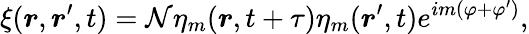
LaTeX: \xi(\boldsymbol{r},\boldsymbol{r}^{\prime},t)=\mathcal{N}\eta_{m}(\boldsymbol{r},t+\tau)\eta_{m}(\boldsymbol{r}^{\prime},t)e^{im(\varphi+\varphi^{\prime})},